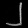
Digit: ၂